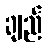
ချည်